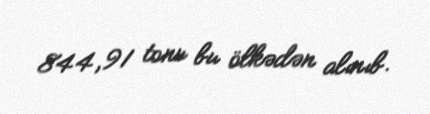
844,91 tonu bu ölkədən alınıb.